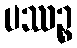
ပဿဉ္စ